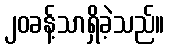
၂၀ခန့်သာရှိခဲ့သည်။